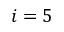
i = 5